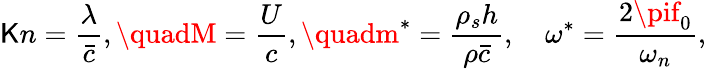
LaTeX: \mathsf{K}n=\frac{{\lambda}}{{\bar{{c}}}},\quadM=\frac{{U}}{{c}},\quadm^{*}=\frac{{\rho_{s}h}}{{\rho\bar{{c}}}},\quad\omega^{*}=\frac{{2\pif_{0}}}{{\omega_{n}}},